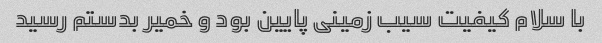
با سلام کیفیت سیب زمینی پایین بود و خمیر بدستم رسید